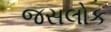
જસલોક